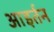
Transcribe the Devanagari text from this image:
आइर्तन